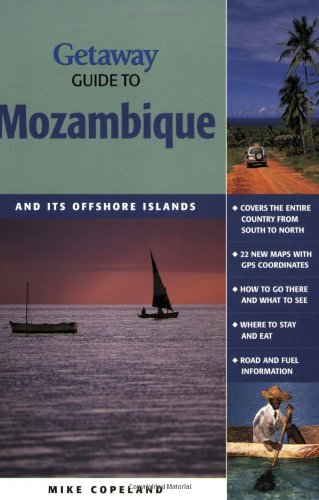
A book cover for Getaway Guide to Mozambique: And Its Offshore Islands (Getaway Guides); Mike Copeland; Travel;